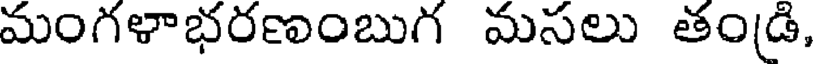
మంగళాభరణంబుగ మసలు తం(డి,